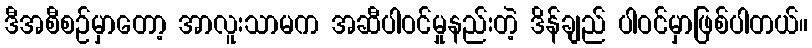
ဒီအစီစဉ်မှာတော့ အာလူးသာမက အဆီပါဝင်မှုနည်းတဲ့ ဒိန်ချည် ပါဝင်မှာဖြစ်ပါတယ်။